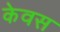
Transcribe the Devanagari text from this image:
केवस